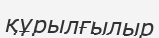
құрылғылыр